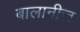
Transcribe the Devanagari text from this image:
बालानीज